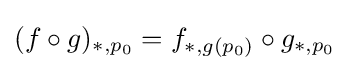
(f\circ g)_{*,p_{0}}=f_{*,g(p_{0})}\circ g_{*,p_{0}}